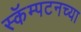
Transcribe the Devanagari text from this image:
स्कॅम्पटनच्या